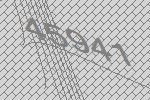
45941